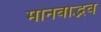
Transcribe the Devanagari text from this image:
मानवोद्भव